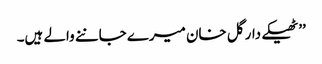
’’ٹھیکے دار گل خان میرے جاننے والے ہیں۔